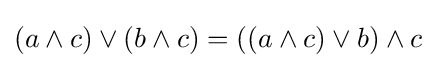
(a\wedge c)\vee (b\wedge c)=((a\wedge c)\vee b)\wedge c